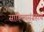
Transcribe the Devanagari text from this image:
साहित्यसंग्रहाचे